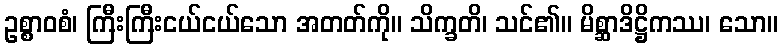
ဥစ္စာဝစံ၊ ကြီးကြီးငယ်ငယ်သော အတတ်ကို။ သိက္ခတိ၊ သင်၏။ မိစ္ဆာဒိဋ္ဌိကဿ၊ သော။